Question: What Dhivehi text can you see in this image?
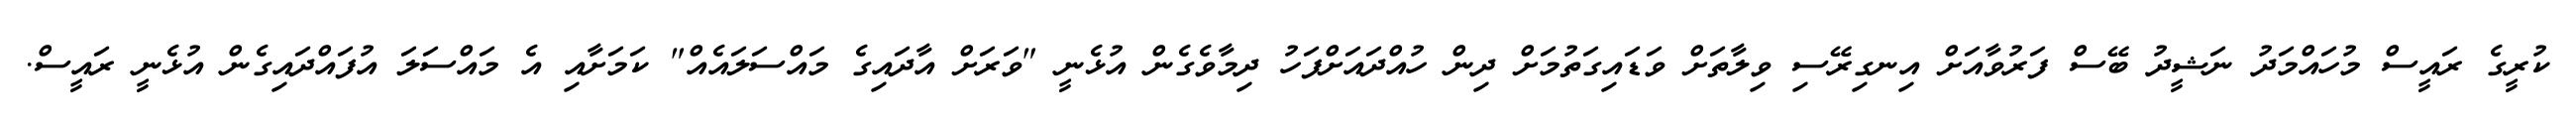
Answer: ކުރީގެ ރައީސް މުހައްމަދު ނަޝީދު ބޭސް ފަރުވާއަށް އިނގިރޭސި ވިލާތަށް ވަޑައިގަތުމަށް ދިން ހުއްދައަށްފަހު ދިމާވެގެން އުޅެނީ "ވަރަށް އާދައިގެ މައްސަލައެއް" ކަމަށާއި އެ މައްސަލަ އުފައްދައިގެން އުޅެނީ ރައީސް.